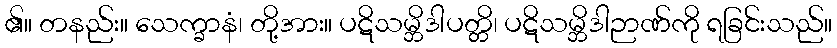
၏။ တနည်း။ သေက္ခာနံ၊ တို့အား။ ပဋိသမ္ဘိဒါပတ္တိ၊ ပဋိသမ္ဘိဒါဉာဏ်ကို ရခြင်းသည်။